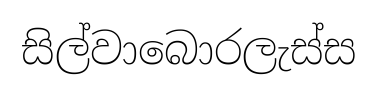
සිල්වාබොරලැස්ස